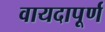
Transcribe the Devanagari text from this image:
वायदापूर्ण